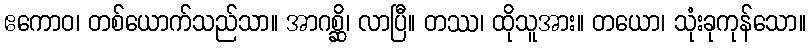
ဧကောဝ၊ တစ်ယောက်သည်သာ။ အာဂစ္ဆိ၊ လာပြီ။ တဿ၊ ထိုသူအား။ တယော၊ သုံးခုကုန်သော။